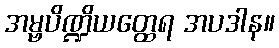
အမ္ဗပိဏ္ဍိယတ္ထေရ အပဒါန။